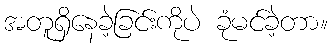
အတူရှိနေခဲ့ခြင်းကိုပဲ ခုံမင်ခဲ့တာ။